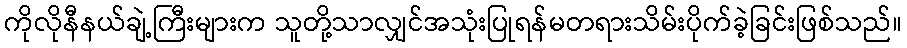
ကိုလိုနီနယ်ချဲ့ကြီးများက သူတို့သာလျှင်အသုံးပြုရန်မတရားသိမ်းပိုက်ခဲ့ခြင်းဖြစ်သည်။